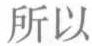
所以